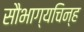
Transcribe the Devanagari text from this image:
सौभाग्यचिन्ह